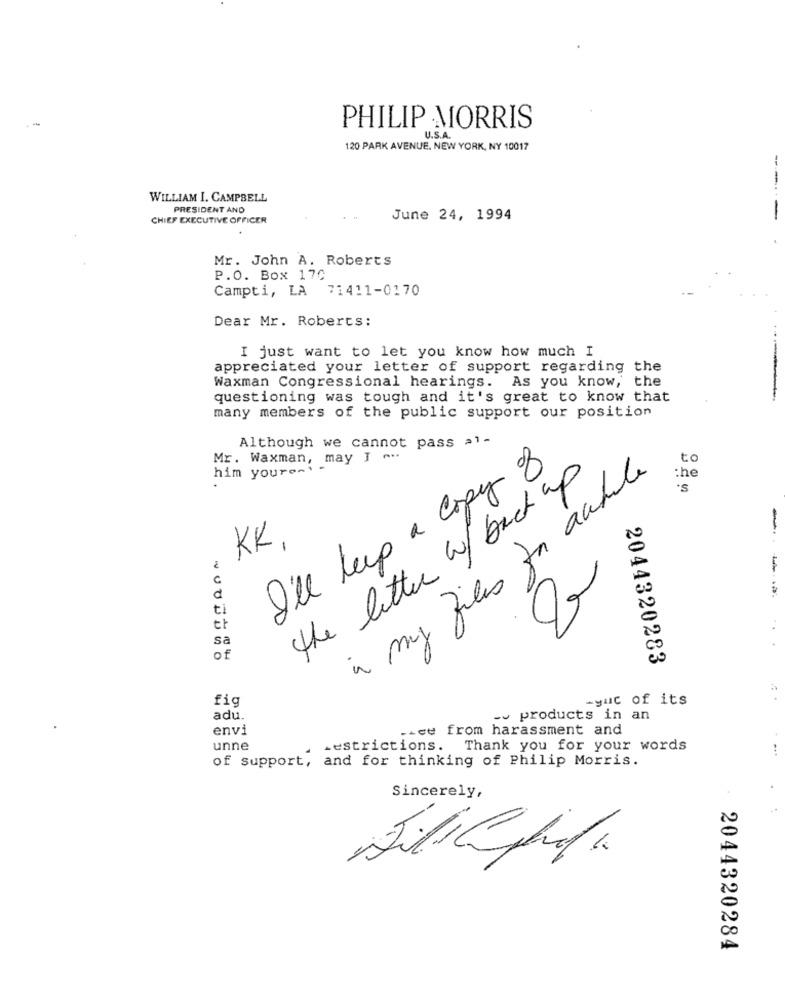
.-
PHILIP MORRIS
120 PARK AVENUE. NEW YORK, NY 10017
WILLIAM I. CAMPBELL
PRESIDENT AND
CHIEF EXECUTIVE OFFICER
June 24, 1994
-
Mr. John A. Roberts
P.O. Box 17C
Campti, LA 71411-0170
Dear Mr. Roberts:
I just want to let you know how much I
appreciated your letter of support regarding the
Waxman Congressional hearings. As you know, the
questioning was tough and it's great to know that
many members of the public support our position
Although we cannot pass >1-
Mr. Waxman, may I ~..
to
him youroms -"
I'll keep a copy of
the litter w/ back up
in my files for awhile
:he
'S
KK
--
ti
sa
of
2044320283
fig
-yut of its
adu.
~~ products in an
envi
-et from harassment and
unne
restrictions. Thank you for your words
of support, and for thinking of Philip Morris.
Sincerely,
2044320284